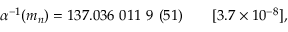
\alpha ^ { - 1 } ( m _ { n } ) = 1 3 7 . 0 3 6 ~ 0 1 1 ~ 9 ~ ( 5 1 ) ~ ~ ~ ~ ~ ~ [ 3 . 7 \times 1 0 ^ { - 8 } ] ,